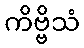
ကိဗ္ဗိသံ